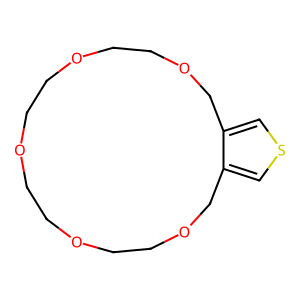
SMILES: c1scc2c1COCCOCCOCCOCCOC2
Inhibits HIV replication: No